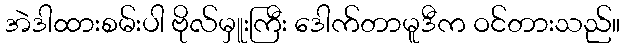
အဲဒါထားစမ်းပါ ဗိုလ်မှူးကြီး ဒေါက်တာမူဒီက ဝင်တားသည်။